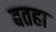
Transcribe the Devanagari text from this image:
बतहा